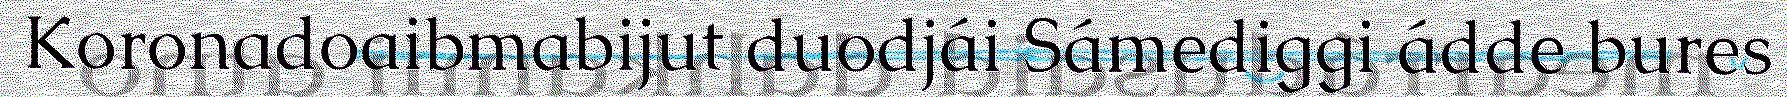
Koronadoaibmabijut duodjái Sámediggi ádde bures